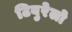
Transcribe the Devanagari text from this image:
टिबुरेलो